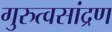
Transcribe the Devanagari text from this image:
गुरुत्वसांद्रण